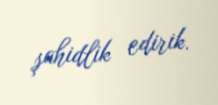
şahidlik edirik.